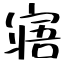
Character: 寤